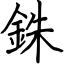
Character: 銖